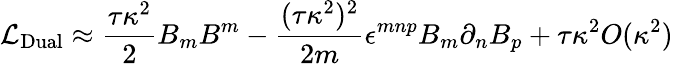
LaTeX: {\cal L}_{\mathrm{Dual}}\approx\frac{\tau\kappa^{2}}{2}B_{m}B^{m}-\frac{(\tau\kappa^{2})^{2}}{2m}\epsilon^{mnp}B_{m}\partial_{n}B_{p}+\tau\kappa^{2}O(\kappa^{2})